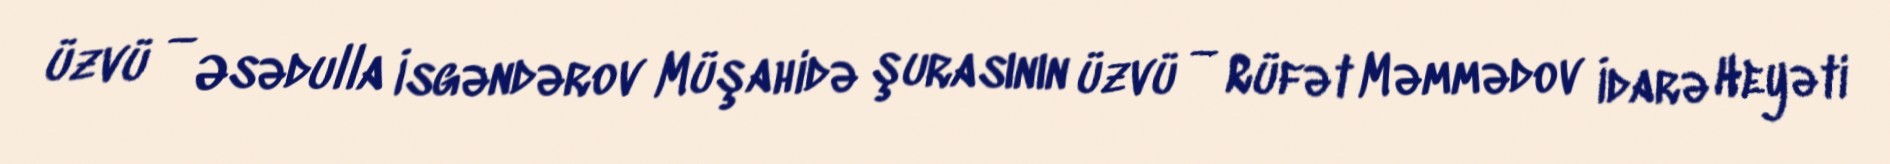
üzvü — Əsədulla İsgəndərov Müşahidə şurasının üzvü — Rüfət Məmmədov İdarə Heyəti